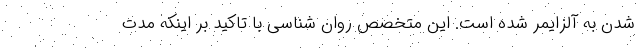
شدن به آلزایمر شده است. این متخصص روان شناسی با تاکید بر اینکه مدت